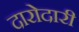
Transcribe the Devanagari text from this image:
दारोदारी